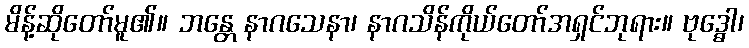
မိန့်ဆိုတော်မူ၏။ ဘန္တေ နာဂသေနာ၊ နာဂသိန်ကိုယ်တော်အရှင်ဘုရား။ ဗုဒ္ဓေါ၊